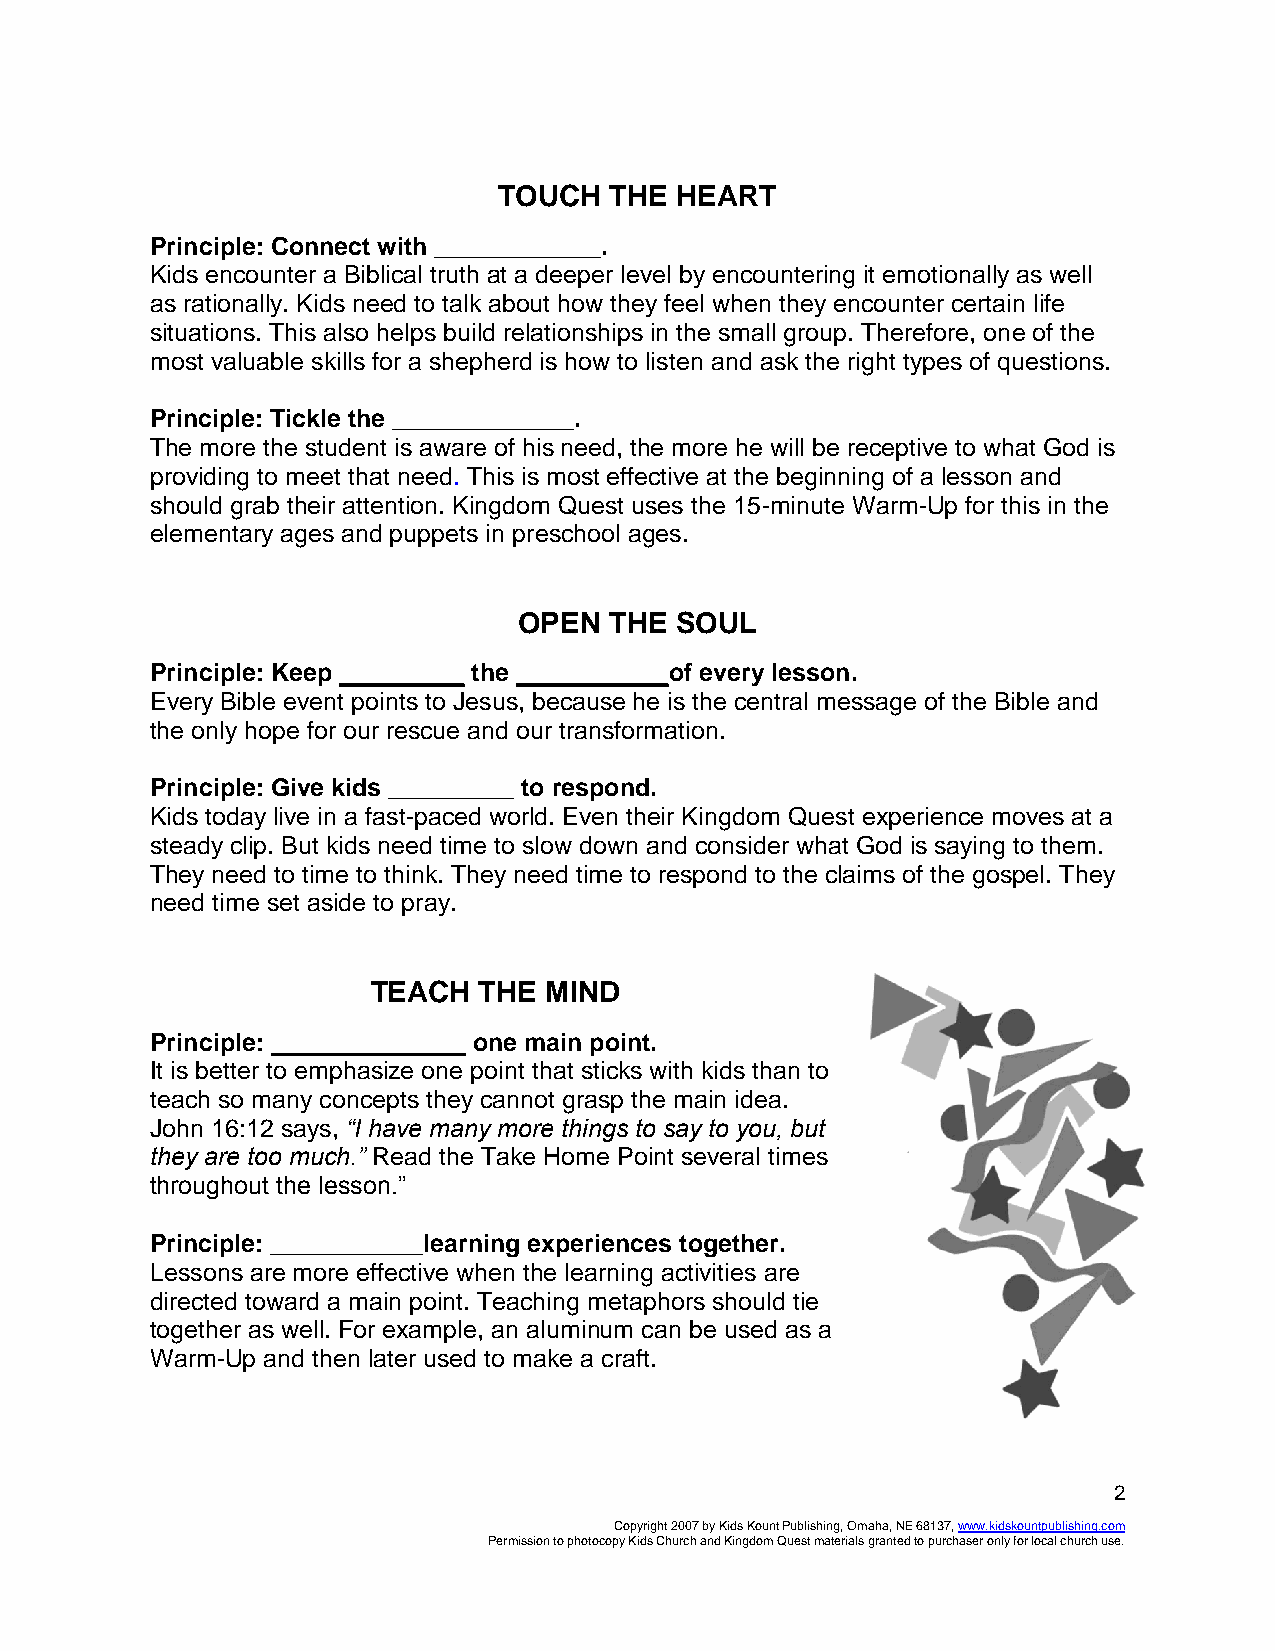
TOUCH  THE  HEART
 Principle: Connect with ____________.
 Kids encounter a Biblical truth at a deeper level by encountering it emotionally as well
 as rationally. Kids need to talk about how they feel when they encounter certain life
 situations. This also helps build relationships in the small group. Therefore, one of the
 most valuable skills for a shepherd is how to listen and ask the right types of questions.
 Principle: Tickle the _____________.
 The more the student is aware of his need, the more he will be receptive to what God is
 providing to meet that need. This is most effective at the beginning of a lesson and
 should grab their attention. Kingdom Quest uses the 15-minute Warm-Up for this in the
 elementary ages and puppets in preschool ages.
 OPEN  THE  SOUL
 Principle: Keep _________ the ___________of every lesson.
 Every Bible event points to Jesus, because he is the central message of the Bible and
 the only hope for our rescue and our transformation.
 Principle: Give kids _________ to respond.
 Kids today live in a fast-paced world. Even their Kingdom Quest experience moves at a
 steady clip. But kids need time to slow down and consider what God is saying to them.
 They need to time to think. They need time to respond to the claims of the gospel. They
 need time set aside to pray.
 TEACH  THE MIND
 Principle: ______________ one main point.
 It is better to emphasize one point that sticks with kids than to
 teach so many concepts they cannot grasp the main idea.
 John 16:12 says, “I have many more things to say to you, but
 they are too much.” Read the Take Home Point several times
 throughout the lesson.”
 Principle: ___________learning experiences together.
 Lessons are more effective when the learning activities are
 directed toward a main point. Teaching metaphors should tie
 together as well. For example, an aluminum can be used as a
 Warm-Up and then later used to make a craft.
 2
 Copyright 2007 by Kids Kount Publishing, Omaha, NE 68137, www.kidskountpublishing.com
 Permission to photocopy Kids Church and Kingdom Quest materials granted to purchaser only for local church use.